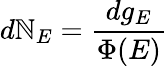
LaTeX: d\mathbb{N}_{E}={\frac{{dg_{E}}}{{\Phi(E)}}}